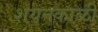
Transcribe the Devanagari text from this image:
शयनकाळी